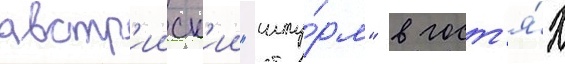
австр'ииск'ии "шту́рм" в гост'я́х